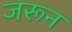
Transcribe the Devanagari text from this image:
जरून